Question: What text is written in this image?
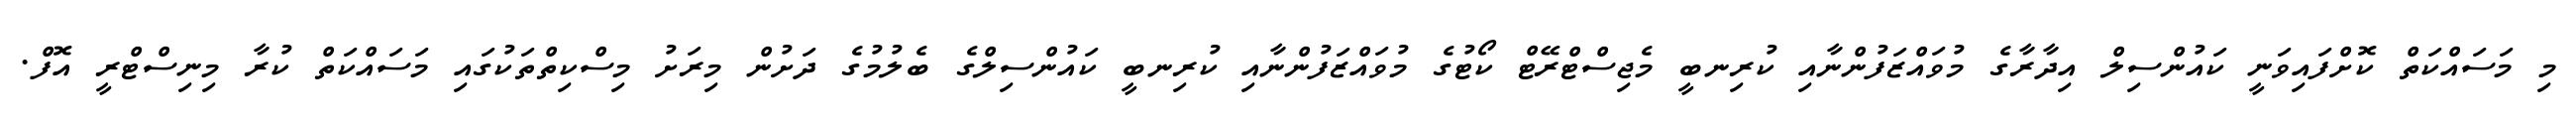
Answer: މި މަސައްކަތް ކޮށްފައިވަނީ ކައުންސިލް އިދާރާގެ މުވައްޒަފުންނާއި ކުރިނބީ މެޖިސްޓްރޭޓް ކޯޓުގެ މުވައްޒަފުންނާއި ކުރިނބީ ކައުންސިލްގެ ބެލުމުގެ ދަށުން މިރަށު މިސްކިތްތަކުގައި މަސައްކަތް ކުރާ މިނިސްޓްރީ އޮފް.